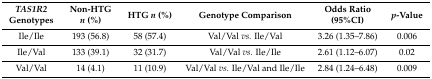
| TAS1R2 Genotypes | Non-HTG n (%) | HTG n (%) | Genotype Comparison | Odds Ratio (95%CI) | p-Value |
 | --- | --- | --- | --- | --- | --- |
 | Ile/Ile | 193 (56.8) | 58 (57.4) | Val/Val vs. Ile/Val | 3.26 (1.35–7.86) | 0.006 |
 | Ile/Val | 133 (39.1) | 32 (31.7) | Val/Val vs. Ile/Ile | 2.61 (1.12–6.07) | 0.02 |
 | Val/Val | 14 (4.1) | 11 (10.9) | Val/Val vs. Ile/Val and Ile/Ile | 2.84 (1.24–6.48) | 0.009 |